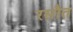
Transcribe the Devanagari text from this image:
रसौत